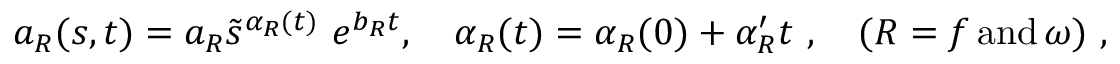
a _ { R } ( s , t ) = a _ { R } \tilde { s } ^ { \alpha _ { R } ( t ) } \ e ^ { b _ { R } t } , \quad \alpha _ { R } ( t ) = \alpha _ { R } ( 0 ) + \alpha _ { R } ^ { \prime } t \ , \quad ( R = f \, \mathrm { a n d } \, \omega ) \ ,